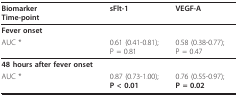
| BiomarkerTime-point | sFlt-1 | VEGF-A |
 | --- | --- | --- |
 | Fever onset |  |  |
 | AUC * | 0.61 (0.41-0.81); P = 0.81 | 0.58 (0.38-0.77); P = 0.47 |
 | 48 hours after fever onset |  |  |
 | AUC * | 0.87 (0.73-1.00); P < 0.01 | 0.76 (0.55-0.97); P = 0.02 |